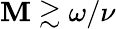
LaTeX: \mathbf{M}\gtrsim\omega/\nu